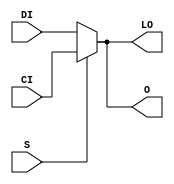
// This program was cloned from: https://github.com/jhshi/openofdm
// License: Apache License 2.0

// $Header: /devl/xcs/repo/env/Databases/CAEInterfaces/verunilibs/data/unisims/MUXCY_D.v,v 1.11 2007/08/23 23:00:26 yanx Exp $
///////////////////////////////////////////////////////////////////////////////
// Copyright (c) 1995/2004 Xilinx, Inc.
// All Right Reserved.
///////////////////////////////////////////////////////////////////////////////
//   ____  ____
//  /   /\/   /
// /___/  \  /    Vendor : Xilinx
// \   \   \/     Version : 10.1
//  \   \         Description : Xilinx Functional Simulation Library Component
//  /   /                  2-to-1 Multiplexer for Carry Logic with Dual Output
// /___/   /\     Filename : MUXCY_D.v
// \   \  /  \    Timestamp : Thu Mar 25 16:42:55 PST 2004
//  \___\/\___\
//
// Revision:
//    03/23/04 - Initial version.
//    02/04/05 - Rev 0.0.1 Remove input/output bufs; Remove unnessasary begin/end;
//    05/10/07 - When input same, output same for any sel value. (CR434611).
//    08/23/07 - User block statement (CR446704).
// End Revision

`timescale  1 ps / 1 ps


module MUXCY_D (LO, O, CI, DI, S);

    output LO, O;
    reg    O, LO;

    input  CI, DI, S;

	always @(CI or DI or S) 
	    if (S) begin
		O = CI;
                LO = CI;
            end
	    else begin
		O = DI;
                LO = DI;
            end

endmodule